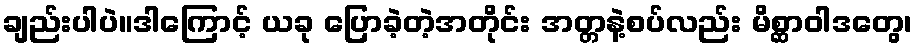
ချည်းပါပဲ။ဒါကြောင့် ယခု ပြောခဲ့တဲ့အတိုင်း အတ္တနဲ့စပ်လည်း မိစ္ဆာဝါဒတွေ၊